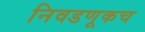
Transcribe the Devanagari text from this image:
निवडणूकच